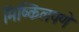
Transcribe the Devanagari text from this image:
मिष्किलपणे